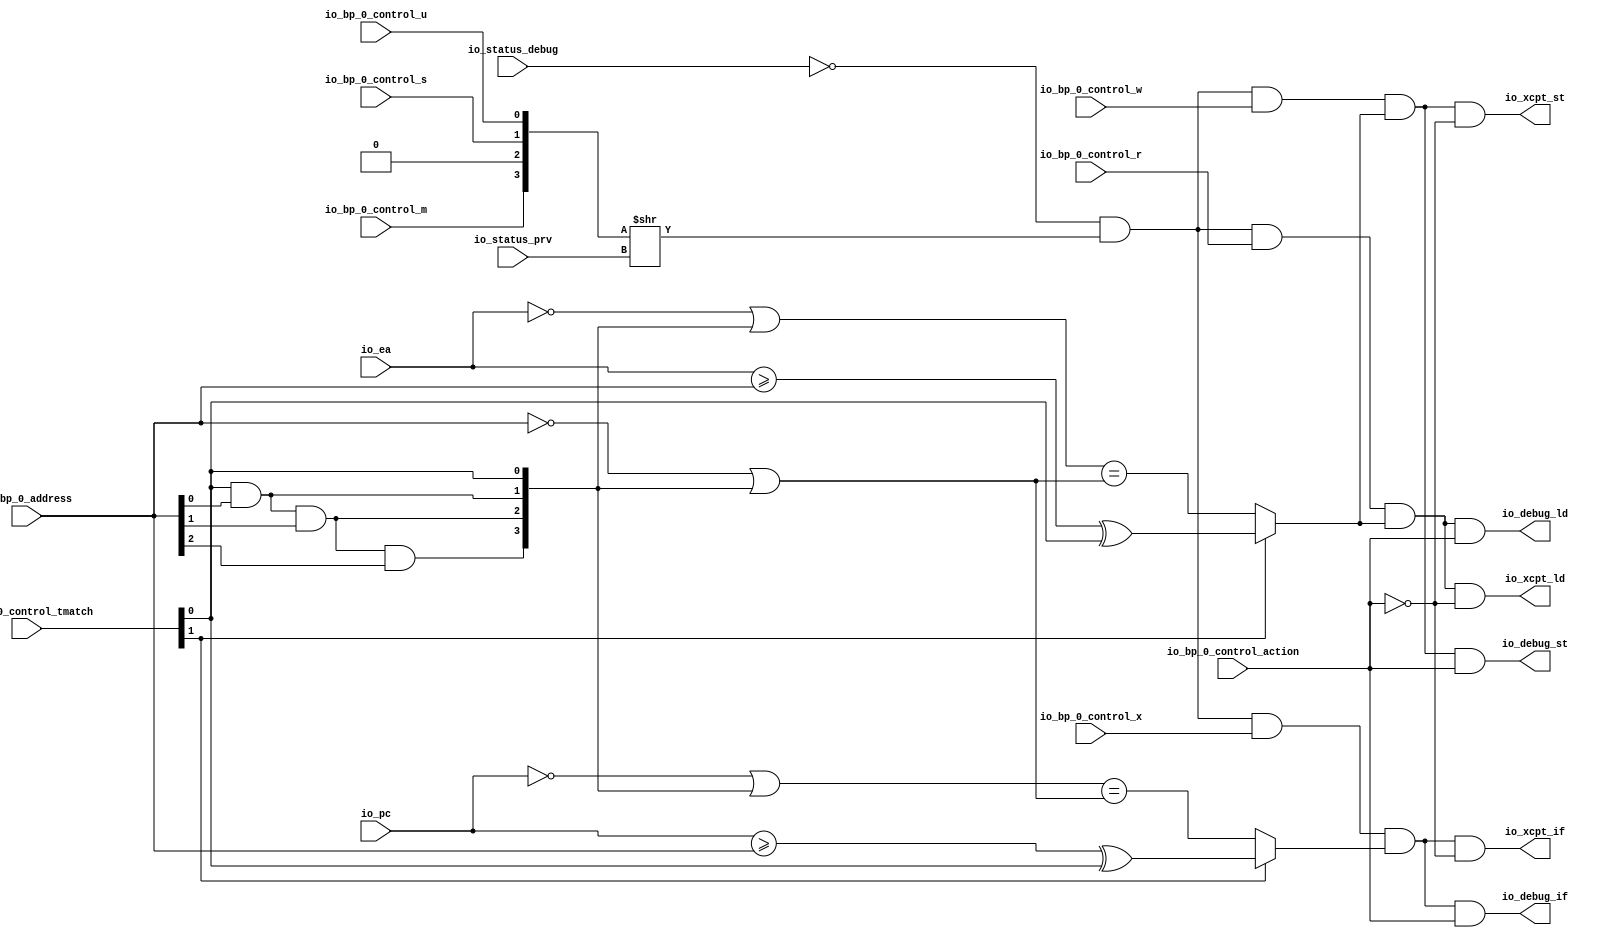
module BreakpointUnit( // @[:freechips.rocketchip.system.DefaultRV32Config.fir@154827.2]
  input         io_status_debug, // @[:freechips.rocketchip.system.DefaultRV32Config.fir@154830.4]
  input  [1:0]  io_status_prv, // @[:freechips.rocketchip.system.DefaultRV32Config.fir@154830.4]
  input         io_bp_0_control_action, // @[:freechips.rocketchip.system.DefaultRV32Config.fir@154830.4]
  input  [1:0]  io_bp_0_control_tmatch, // @[:freechips.rocketchip.system.DefaultRV32Config.fir@154830.4]
  input         io_bp_0_control_m, // @[:freechips.rocketchip.system.DefaultRV32Config.fir@154830.4]
  input         io_bp_0_control_s, // @[:freechips.rocketchip.system.DefaultRV32Config.fir@154830.4]
  input         io_bp_0_control_u, // @[:freechips.rocketchip.system.DefaultRV32Config.fir@154830.4]
  input         io_bp_0_control_x, // @[:freechips.rocketchip.system.DefaultRV32Config.fir@154830.4]
  input         io_bp_0_control_w, // @[:freechips.rocketchip.system.DefaultRV32Config.fir@154830.4]
  input         io_bp_0_control_r, // @[:freechips.rocketchip.system.DefaultRV32Config.fir@154830.4]
  input  [31:0] io_bp_0_address, // @[:freechips.rocketchip.system.DefaultRV32Config.fir@154830.4]
  input  [31:0] io_pc, // @[:freechips.rocketchip.system.DefaultRV32Config.fir@154830.4]
  input  [31:0] io_ea, // @[:freechips.rocketchip.system.DefaultRV32Config.fir@154830.4]
  output        io_xcpt_if, // @[:freechips.rocketchip.system.DefaultRV32Config.fir@154830.4]
  output        io_xcpt_ld, // @[:freechips.rocketchip.system.DefaultRV32Config.fir@154830.4]
  output        io_xcpt_st, // @[:freechips.rocketchip.system.DefaultRV32Config.fir@154830.4]
  output        io_debug_if, // @[:freechips.rocketchip.system.DefaultRV32Config.fir@154830.4]
  output        io_debug_ld, // @[:freechips.rocketchip.system.DefaultRV32Config.fir@154830.4]
  output        io_debug_st // @[:freechips.rocketchip.system.DefaultRV32Config.fir@154830.4]
);
  wire  _T; // @[Breakpoint.scala 30:35:freechips.rocketchip.system.DefaultRV32Config.fir@154841.4]
  wire [3:0] _T_3; // @[Cat.scala 29:58:freechips.rocketchip.system.DefaultRV32Config.fir@154844.4]
  wire [3:0] _T_4; // @[Breakpoint.scala 30:68:freechips.rocketchip.system.DefaultRV32Config.fir@154845.4]
  wire  _T_5; // @[Breakpoint.scala 30:68:freechips.rocketchip.system.DefaultRV32Config.fir@154846.4]
  wire  _T_6; // @[Breakpoint.scala 30:50:freechips.rocketchip.system.DefaultRV32Config.fir@154847.4]
  wire  _T_7; // @[Breakpoint.scala 81:16:freechips.rocketchip.system.DefaultRV32Config.fir@154848.4]
  wire  _T_8; // @[Breakpoint.scala 47:23:freechips.rocketchip.system.DefaultRV32Config.fir@154849.4]
  wire  _T_9; // @[Breakpoint.scala 44:8:freechips.rocketchip.system.DefaultRV32Config.fir@154850.4]
  wire  _T_10; // @[Breakpoint.scala 44:36:freechips.rocketchip.system.DefaultRV32Config.fir@154851.4]
  wire  _T_11; // @[Breakpoint.scala 44:20:freechips.rocketchip.system.DefaultRV32Config.fir@154852.4]
  wire [31:0] _T_12; // @[Breakpoint.scala 41:6:freechips.rocketchip.system.DefaultRV32Config.fir@154853.4]
  wire  _T_14; // @[Breakpoint.scala 38:83:freechips.rocketchip.system.DefaultRV32Config.fir@154855.4]
  wire  _T_15; // @[Breakpoint.scala 38:73:freechips.rocketchip.system.DefaultRV32Config.fir@154856.4]
  wire  _T_16; // @[Breakpoint.scala 38:83:freechips.rocketchip.system.DefaultRV32Config.fir@154857.4]
  wire  _T_17; // @[Breakpoint.scala 38:73:freechips.rocketchip.system.DefaultRV32Config.fir@154858.4]
  wire  _T_18; // @[Breakpoint.scala 38:83:freechips.rocketchip.system.DefaultRV32Config.fir@154859.4]
  wire  _T_19; // @[Breakpoint.scala 38:73:freechips.rocketchip.system.DefaultRV32Config.fir@154860.4]
  wire [3:0] _T_22; // @[Cat.scala 29:58:freechips.rocketchip.system.DefaultRV32Config.fir@154863.4]
  wire [31:0] _GEN_10; // @[Breakpoint.scala 41:9:freechips.rocketchip.system.DefaultRV32Config.fir@154864.4]
  wire [31:0] _T_23; // @[Breakpoint.scala 41:9:freechips.rocketchip.system.DefaultRV32Config.fir@154864.4]
  wire [31:0] _T_24; // @[Breakpoint.scala 41:24:freechips.rocketchip.system.DefaultRV32Config.fir@154865.4]
  wire [31:0] _T_35; // @[Breakpoint.scala 41:33:freechips.rocketchip.system.DefaultRV32Config.fir@154876.4]
  wire  _T_36; // @[Breakpoint.scala 41:19:freechips.rocketchip.system.DefaultRV32Config.fir@154877.4]
  wire  _T_37; // @[Breakpoint.scala 47:8:freechips.rocketchip.system.DefaultRV32Config.fir@154878.4]
  wire  _T_38; // @[Breakpoint.scala 81:32:freechips.rocketchip.system.DefaultRV32Config.fir@154879.4]
  wire  _T_39; // @[Breakpoint.scala 82:16:freechips.rocketchip.system.DefaultRV32Config.fir@154880.4]
  wire  _T_70; // @[Breakpoint.scala 82:32:freechips.rocketchip.system.DefaultRV32Config.fir@154911.4]
  wire  _T_71; // @[Breakpoint.scala 83:16:freechips.rocketchip.system.DefaultRV32Config.fir@154912.4]
  wire  _T_73; // @[Breakpoint.scala 44:8:freechips.rocketchip.system.DefaultRV32Config.fir@154914.4]
  wire  _T_75; // @[Breakpoint.scala 44:20:freechips.rocketchip.system.DefaultRV32Config.fir@154916.4]
  wire [31:0] _T_76; // @[Breakpoint.scala 41:6:freechips.rocketchip.system.DefaultRV32Config.fir@154917.4]
  wire [31:0] _T_87; // @[Breakpoint.scala 41:9:freechips.rocketchip.system.DefaultRV32Config.fir@154928.4]
  wire  _T_100; // @[Breakpoint.scala 41:19:freechips.rocketchip.system.DefaultRV32Config.fir@154941.4]
  wire  _T_101; // @[Breakpoint.scala 47:8:freechips.rocketchip.system.DefaultRV32Config.fir@154942.4]
  wire  _T_102; // @[Breakpoint.scala 83:32:freechips.rocketchip.system.DefaultRV32Config.fir@154943.4]
  wire  _T_106; // @[Breakpoint.scala 92:51:freechips.rocketchip.system.DefaultRV32Config.fir@154952.6]
  assign _T = io_status_debug == 1'h0; // @[Breakpoint.scala 30:35:freechips.rocketchip.system.DefaultRV32Config.fir@154841.4]
  assign _T_3 = {io_bp_0_control_m,1'h0,io_bp_0_control_s,io_bp_0_control_u}; // @[Cat.scala 29:58:freechips.rocketchip.system.DefaultRV32Config.fir@154844.4]
  assign _T_4 = _T_3 >> io_status_prv; // @[Breakpoint.scala 30:68:freechips.rocketchip.system.DefaultRV32Config.fir@154845.4]
  assign _T_5 = _T_4[0]; // @[Breakpoint.scala 30:68:freechips.rocketchip.system.DefaultRV32Config.fir@154846.4]
  assign _T_6 = _T & _T_5; // @[Breakpoint.scala 30:50:freechips.rocketchip.system.DefaultRV32Config.fir@154847.4]
  assign _T_7 = _T_6 & io_bp_0_control_r; // @[Breakpoint.scala 81:16:freechips.rocketchip.system.DefaultRV32Config.fir@154848.4]
  assign _T_8 = io_bp_0_control_tmatch[1]; // @[Breakpoint.scala 47:23:freechips.rocketchip.system.DefaultRV32Config.fir@154849.4]
  assign _T_9 = io_ea >= io_bp_0_address; // @[Breakpoint.scala 44:8:freechips.rocketchip.system.DefaultRV32Config.fir@154850.4]
  assign _T_10 = io_bp_0_control_tmatch[0]; // @[Breakpoint.scala 44:36:freechips.rocketchip.system.DefaultRV32Config.fir@154851.4]
  assign _T_11 = _T_9 ^ _T_10; // @[Breakpoint.scala 44:20:freechips.rocketchip.system.DefaultRV32Config.fir@154852.4]
  assign _T_12 = ~ io_ea; // @[Breakpoint.scala 41:6:freechips.rocketchip.system.DefaultRV32Config.fir@154853.4]
  assign _T_14 = io_bp_0_address[0]; // @[Breakpoint.scala 38:83:freechips.rocketchip.system.DefaultRV32Config.fir@154855.4]
  assign _T_15 = _T_10 & _T_14; // @[Breakpoint.scala 38:73:freechips.rocketchip.system.DefaultRV32Config.fir@154856.4]
  assign _T_16 = io_bp_0_address[1]; // @[Breakpoint.scala 38:83:freechips.rocketchip.system.DefaultRV32Config.fir@154857.4]
  assign _T_17 = _T_15 & _T_16; // @[Breakpoint.scala 38:73:freechips.rocketchip.system.DefaultRV32Config.fir@154858.4]
  assign _T_18 = io_bp_0_address[2]; // @[Breakpoint.scala 38:83:freechips.rocketchip.system.DefaultRV32Config.fir@154859.4]
  assign _T_19 = _T_17 & _T_18; // @[Breakpoint.scala 38:73:freechips.rocketchip.system.DefaultRV32Config.fir@154860.4]
  assign _T_22 = {_T_19,_T_17,_T_15,_T_10}; // @[Cat.scala 29:58:freechips.rocketchip.system.DefaultRV32Config.fir@154863.4]
  assign _GEN_10 = {{28'd0}, _T_22}; // @[Breakpoint.scala 41:9:freechips.rocketchip.system.DefaultRV32Config.fir@154864.4]
  assign _T_23 = _T_12 | _GEN_10; // @[Breakpoint.scala 41:9:freechips.rocketchip.system.DefaultRV32Config.fir@154864.4]
  assign _T_24 = ~ io_bp_0_address; // @[Breakpoint.scala 41:24:freechips.rocketchip.system.DefaultRV32Config.fir@154865.4]
  assign _T_35 = _T_24 | _GEN_10; // @[Breakpoint.scala 41:33:freechips.rocketchip.system.DefaultRV32Config.fir@154876.4]
  assign _T_36 = _T_23 == _T_35; // @[Breakpoint.scala 41:19:freechips.rocketchip.system.DefaultRV32Config.fir@154877.4]
  assign _T_37 = _T_8 ? _T_11 : _T_36; // @[Breakpoint.scala 47:8:freechips.rocketchip.system.DefaultRV32Config.fir@154878.4]
  assign _T_38 = _T_7 & _T_37; // @[Breakpoint.scala 81:32:freechips.rocketchip.system.DefaultRV32Config.fir@154879.4]
  assign _T_39 = _T_6 & io_bp_0_control_w; // @[Breakpoint.scala 82:16:freechips.rocketchip.system.DefaultRV32Config.fir@154880.4]
  assign _T_70 = _T_39 & _T_37; // @[Breakpoint.scala 82:32:freechips.rocketchip.system.DefaultRV32Config.fir@154911.4]
  assign _T_71 = _T_6 & io_bp_0_control_x; // @[Breakpoint.scala 83:16:freechips.rocketchip.system.DefaultRV32Config.fir@154912.4]
  assign _T_73 = io_pc >= io_bp_0_address; // @[Breakpoint.scala 44:8:freechips.rocketchip.system.DefaultRV32Config.fir@154914.4]
  assign _T_75 = _T_73 ^ _T_10; // @[Breakpoint.scala 44:20:freechips.rocketchip.system.DefaultRV32Config.fir@154916.4]
  assign _T_76 = ~ io_pc; // @[Breakpoint.scala 41:6:freechips.rocketchip.system.DefaultRV32Config.fir@154917.4]
  assign _T_87 = _T_76 | _GEN_10; // @[Breakpoint.scala 41:9:freechips.rocketchip.system.DefaultRV32Config.fir@154928.4]
  assign _T_100 = _T_87 == _T_35; // @[Breakpoint.scala 41:19:freechips.rocketchip.system.DefaultRV32Config.fir@154941.4]
  assign _T_101 = _T_8 ? _T_75 : _T_100; // @[Breakpoint.scala 47:8:freechips.rocketchip.system.DefaultRV32Config.fir@154942.4]
  assign _T_102 = _T_71 & _T_101; // @[Breakpoint.scala 83:32:freechips.rocketchip.system.DefaultRV32Config.fir@154943.4]
  assign _T_106 = io_bp_0_control_action == 1'h0; // @[Breakpoint.scala 92:51:freechips.rocketchip.system.DefaultRV32Config.fir@154952.6]
  assign io_xcpt_if = _T_102 & _T_106; // @[Breakpoint.scala 72:14:freechips.rocketchip.system.DefaultRV32Config.fir@154835.4 Breakpoint.scala 94:40:freechips.rocketchip.system.DefaultRV32Config.fir@154973.6]
  assign io_xcpt_ld = _T_38 & _T_106; // @[Breakpoint.scala 73:14:freechips.rocketchip.system.DefaultRV32Config.fir@154836.4 Breakpoint.scala 92:40:freechips.rocketchip.system.DefaultRV32Config.fir@154953.6]
  assign io_xcpt_st = _T_70 & _T_106; // @[Breakpoint.scala 74:14:freechips.rocketchip.system.DefaultRV32Config.fir@154837.4 Breakpoint.scala 93:40:freechips.rocketchip.system.DefaultRV32Config.fir@154963.6]
  assign io_debug_if = _T_102 & io_bp_0_control_action; // @[Breakpoint.scala 75:15:freechips.rocketchip.system.DefaultRV32Config.fir@154838.4 Breakpoint.scala 94:73:freechips.rocketchip.system.DefaultRV32Config.fir@154975.6]
  assign io_debug_ld = _T_38 & io_bp_0_control_action; // @[Breakpoint.scala 76:15:freechips.rocketchip.system.DefaultRV32Config.fir@154839.4 Breakpoint.scala 92:73:freechips.rocketchip.system.DefaultRV32Config.fir@154955.6]
  assign io_debug_st = _T_70 & io_bp_0_control_action; // @[Breakpoint.scala 77:15:freechips.rocketchip.system.DefaultRV32Config.fir@154840.4 Breakpoint.scala 93:73:freechips.rocketchip.system.DefaultRV32Config.fir@154965.6]
endmodule